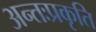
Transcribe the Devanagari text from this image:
अन्तःप्रकृति